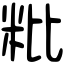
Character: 粃